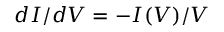
d I / d V = - I ( V ) / V